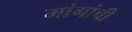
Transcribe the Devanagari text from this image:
मांगांची